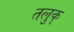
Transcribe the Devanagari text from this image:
तलुक्